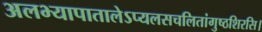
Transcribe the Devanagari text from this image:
अलभ्यापातालेऽप्यलसचलितांगुष्ठशिरसि।